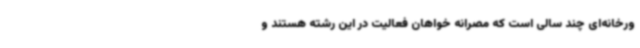
ورخانه‌ای چند سالی است که مصرانه خواهان فعالیت در این رشته هستند و